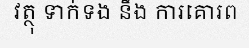
វត្ថុ ទាក់ទង នឹង ការគោរព